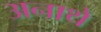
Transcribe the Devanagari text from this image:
अनाथे